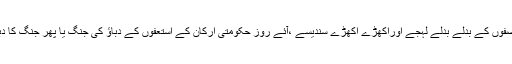
منصفوں کے بدلے بدلے لہجے اوراکھڑے اکھڑے سندیسے ،آئے روز حکومتی ارکان کے استعفوں کے دباؤ کی جنگ یا پھر جنگ کا دباؤ۔